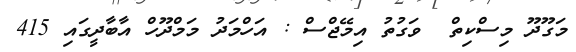
މަގޫދޫ މިސްކިތް  ވަގުތު އިމޭޖްސް : އަހްމަދު މަމްދޫހް އާބާދީގައި 415